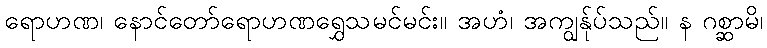
ရောဟဏ၊ နောင်တော်ရောဟဏရွှေသမင်မင်း။ အဟံ၊ အကျွန်ုပ်သည်။ န ဂစ္ဆာမိ၊